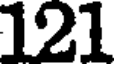
121